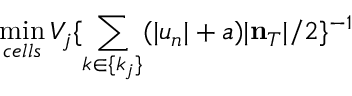
\operatorname* { m i n } _ { c e l l s } V _ { j } \{ \sum _ { k \in \{ k _ { j } \} } ( | u _ { n } | + a ) | { \bf n } _ { T } | / 2 \} ^ { - 1 }